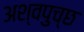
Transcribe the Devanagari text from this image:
अश्वपुच्छ